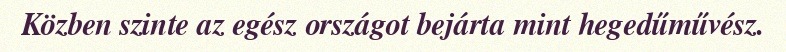
Közben szinte az egész országot bejárta mint hegedűművész.